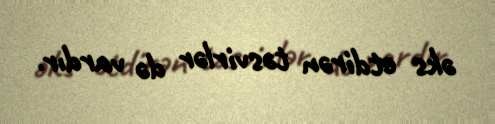
əks etdirən təsvirlər də vardır.